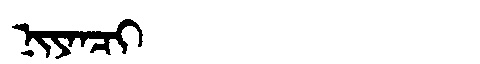
Manchu: ᠨᡳᠶᠠᠨᠴᡳ
Romanization: NIYANCI